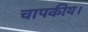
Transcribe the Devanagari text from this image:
चापकीय।